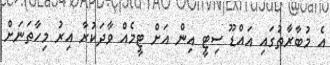
އެ މުބާރާތުގައި އައްޑޫ ސިޓީ އިން އަށް ޓީމެއް ވާދަކުރާ އިރު މިހާތަނަށް